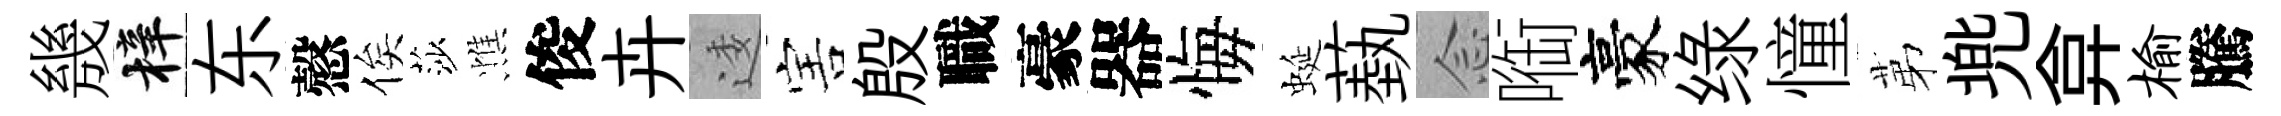
㡬梓东慤俟莎憔俊卉逶害殷職豪器悔蜒蓺𫝹㗸豪绿憧苐兠弇榆騰